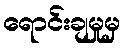
ရောင်းချမှုမှ